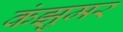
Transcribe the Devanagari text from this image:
कंझुमर